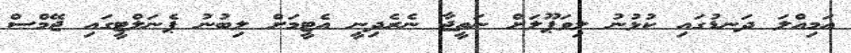
އަމިއްލަ ދަނޑުގައި ކުޅުނު ލިވަޕޫލަށް ނަތީޖާ ނެރެދިނީ އެޓީމަށް ލިބުނު ޕެނަލްޓީގައި ޖޭމްސް